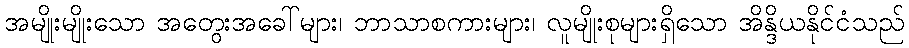
အမျိုးမျိုးသော အတွေးအခေါ်များ၊ ဘာသာစကားများ၊ လူမျိုးစုများရှိသော အိန္ဒိယနိုင်ငံသည်